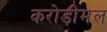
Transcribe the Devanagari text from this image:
करोड़ीमल